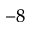
^ { - 8 }